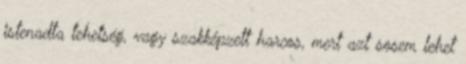
istenadta tehetség, vagy szakképzett harcos, mert azt sosem lehet